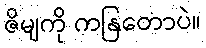
ဇိမျကို ကနြတောပဲ။